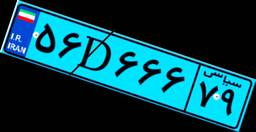
۰۹D۶۸۵۶۸